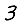
Digit: 3